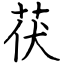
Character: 茯